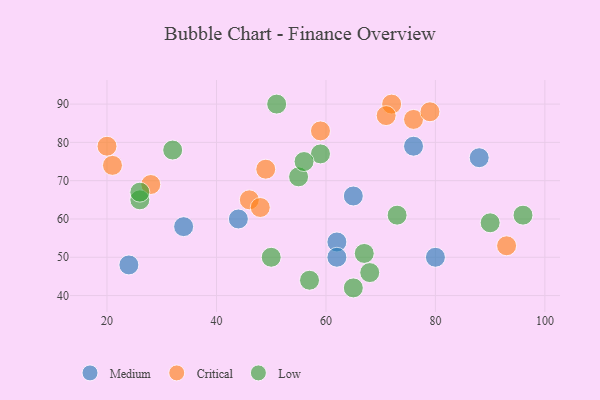
{"axis": {"x": "GDP", "y": "Life Expectancy"}, "legend": ["Critical", "Low", "Medium"], "data": [{"x": "62", "y": 54, "type": "Medium"}, {"x": "24", "y": 48, "type": "Medium"}, {"x": "65", "y": 66, "type": "Medium"}, {"x": "62", "y": 50, "type": "Medium"}, {"x": "76", "y": 79, "type": "Medium"}, {"x": "80", "y": 50, "type": "Medium"}, {"x": "88", "y": 76, "type": "Medium"}, {"x": "44", "y": 60, "type": "Medium"}, {"x": "34", "y": 58, "type": "Medium"}, {"x": "20", "y": 79, "type": "Critical"}, {"x": "72", "y": 90, "type": "Critical"}, {"x": "93", "y": 53, "type": "Critical"}, {"x": "71", "y": 87, "type": "Critical"}, {"x": "46", "y": 65, "type": "Critical"}, {"x": "48", "y": 63, "type": "Critical"}, {"x": "28", "y": 69, "type": "Critical"}, {"x": "59", "y": 83, "type": "Critical"}, {"x": "76", "y": 86, "type": "Critical"}, {"x": "79", "y": 88, "type": "Critical"}, {"x": "49", "y": 73, "type": "Critical"}, {"x": "21", "y": 74, "type": "Critical"}, {"x": "51", "y": 90, "type": "Low"}, {"x": "59", "y": 77, "type": "Low"}, {"x": "26", "y": 65, "type": "Low"}, {"x": "73", "y": 61, "type": "Low"}, {"x": "50", "y": 50, "type": "Low"}, {"x": "55", "y": 71, "type": "Low"}, {"x": "32", "y": 78, "type": "Low"}, {"x": "67", "y": 51, "type": "Low"}, {"x": "65", "y": 42, "type": "Low"}, {"x": "68", "y": 46, "type": "Low"}, {"x": "57", "y": 44, "type": "Low"}, {"x": "90", "y": 59, "type": "Low"}, {"x": "96", "y": 61, "type": "Low"}, {"x": "56", "y": 75, "type": "Low"}, {"x": "26", "y": 67, "type": "Low"}]}